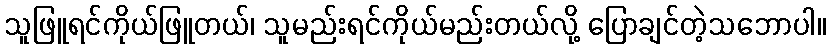
သူဖြူရင်ကိုယ်ဖြူတယ်၊ သူမည်းရင်ကိုယ်မည်းတယ်လို့ ပြောချင်တဲ့သဘောပါ။